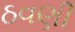
ઠવણી